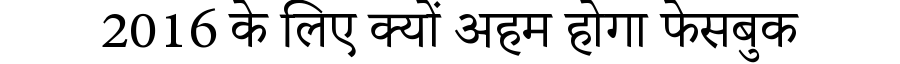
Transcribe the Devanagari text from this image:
2016 के लिए क्यों अहम होगा फेसबुक